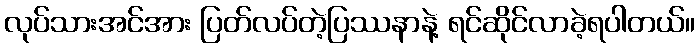
လုပ်သားအင်အား ပြတ်လပ်တဲ့ပြဿနာနဲ့ ရင်ဆိုင်လာခဲ့ရပါတယ်။